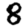
Digit: 8